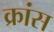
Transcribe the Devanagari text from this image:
क्रांस